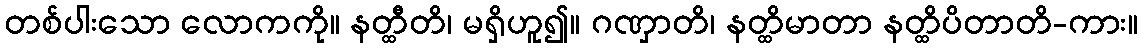
တစ်ပါးသော လောကကို။ နတ္ထီတိ၊ မရှိဟူ၍။ ဂဏှာတိ၊ နတ္ထိမာတာ နတ္ထိပိတာတိ-ကား။